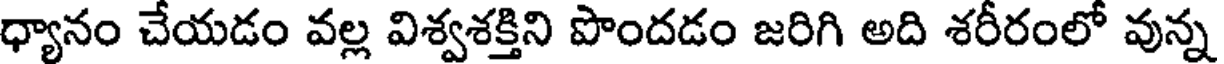
ధ్యానం చేయడం వల్ల విశ్వశక్తిని పొందడం జరిగి అది శరీరంలో వున్న